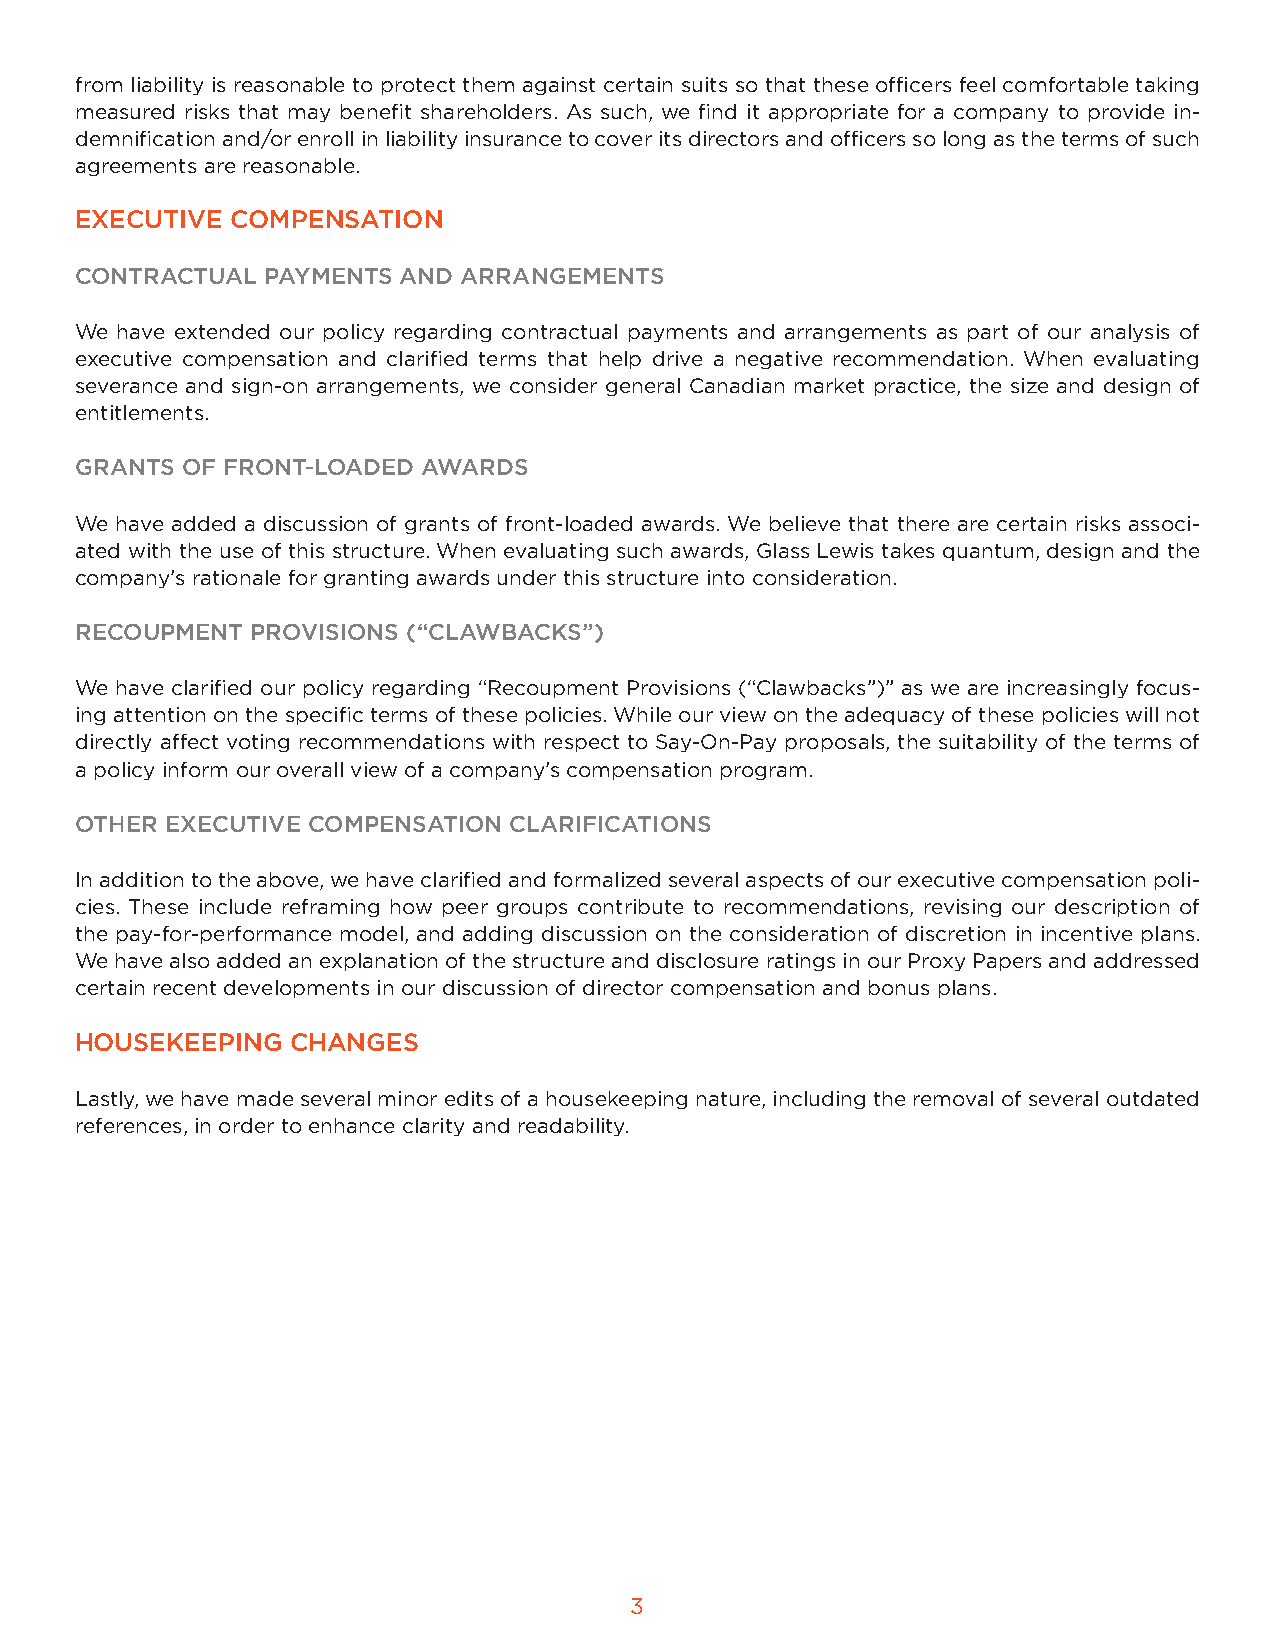
from liability is reasonable to protect them against certain suits so that these officers feel comfortable taking
 measured risks that may benefit shareholders. As such, we find it appropriate for a company to provide in-
 demnification and/or enroll in liability insurance to cover its directors and officers so long as the terms of such
 agreements are reasonable.
 EXECUTIVE COMPENSATION
 CONTRACTUAL  PAYMENTS AND ARRANGEMENTS
 We have extended our policy regarding contractual payments and arrangements as part of our analysis of
 executive compensation and clarified terms that help drive a negative recommendation. When evaluating
 severance and sign-on arrangements, we consider general Canadian market practice, the size and design of
 entitlements.
 GRANTS OF FRONT-LOADED AWARDS
 We have added a discussion of grants of front-loaded awards. We believe that there are certain risks associ-
 ated with the use of this structure. When evaluating such awards, Glass Lewis takes quantum, design and the
 company’s rationale for granting awards under this structure into consideration.
 RECOUPMENT  PROVISIONS (“CLAWBACKS”)
 We have clarified our policy regarding “Recoupment Provisions (“Clawbacks”)” as we are increasingly focus-
 ing attention on the specific terms of these policies. While our view on the adequacy of these policies will not
 directly affect voting recommendations with respect to Say-On-Pay proposals, the suitability of the terms of
 a policy inform our overall view of a company’s compensation program.
 OTHER EXECUTIVE COMPENSATION CLARIFICATIONS
 In addition to the above, we have clarified and formalized several aspects of our executive compensation poli-
 cies. These include reframing how peer groups contribute to recommendations, revising our description of
 the pay-for-performance model, and adding discussion on the consideration of discretion in incentive plans.
 We have also added an explanation of the structure and disclosure ratings in our Proxy Papers and addressed
 certain recent developments in our discussion of director compensation and bonus plans.
 HOUSEKEEPING  CHANGES
 Lastly, we have made several minor edits of a housekeeping nature, including the removal of several outdated
 references, in order to enhance clarity and readability.
 3